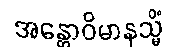
အန္တောဝိမာနသ္မိံ